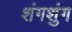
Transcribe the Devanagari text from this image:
शंगशुंग